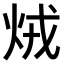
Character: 𤇽